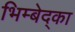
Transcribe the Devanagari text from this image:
भिम्बेद्का